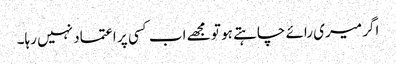
اگر میری رائے چاہتے ہو تو مجھے اب کسی پر اعتماد نہیں رہا۔